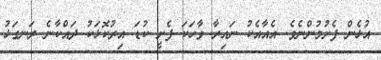
އުޅެން ފެށުމުންނެވެ. އެއާއެކު ނައިރާ ވާހަކަ ފެށީ ކުޑަ އިރުކޮޅަކު ދައްކާނެ ރަނގަޅު